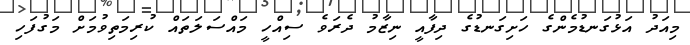
މިއަދު އަޅުގަނޑުމެންގެ ހަށިގަނޑުގެ ދިފާއީ ނިޒާމު ދެރަވެ ސިއްހީ މައްސަލަތައް ކުރިމަތިވުމަށް މަގުފަހި